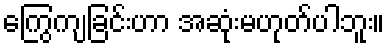
ကြွေကျခြင်းဟာ အဆုံးမဟုတ်ပါဘူး။